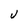
Character: U